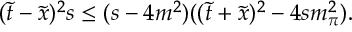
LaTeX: ( \tilde { t } - \tilde { x } ) ^ { 2 } s \le ( s - 4 m ^ { 2 } ) ( ( \tilde { t } + \tilde { x } ) ^ { 2 } - 4 s m _ { \pi } ^ { 2 } ) .